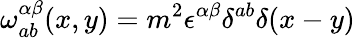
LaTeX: \omega_{ab}^{\alpha\beta}(x,y)=m^{2}\epsilon^{\alpha\beta}\delta^{ab}\delta(x-y)